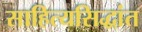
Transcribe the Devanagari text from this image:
साहित्यसिद्धांत